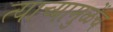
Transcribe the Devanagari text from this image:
त्याच्यामुळेंच